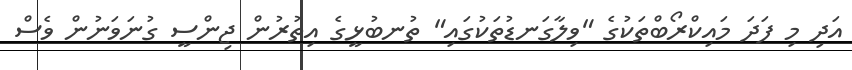
އަދި މި ފަދަ މައިކްރޯބްތަކުގެ "ވިލާގަނޑުތަކުގައި" ތުނބުޅީގެ އިތުރުން ޖިންސީ ގުނަވަނުން ވެސް